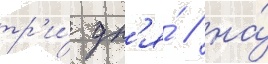
тр'и́ дн'я́ / на́